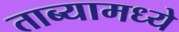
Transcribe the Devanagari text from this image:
ताब्यामध्ये